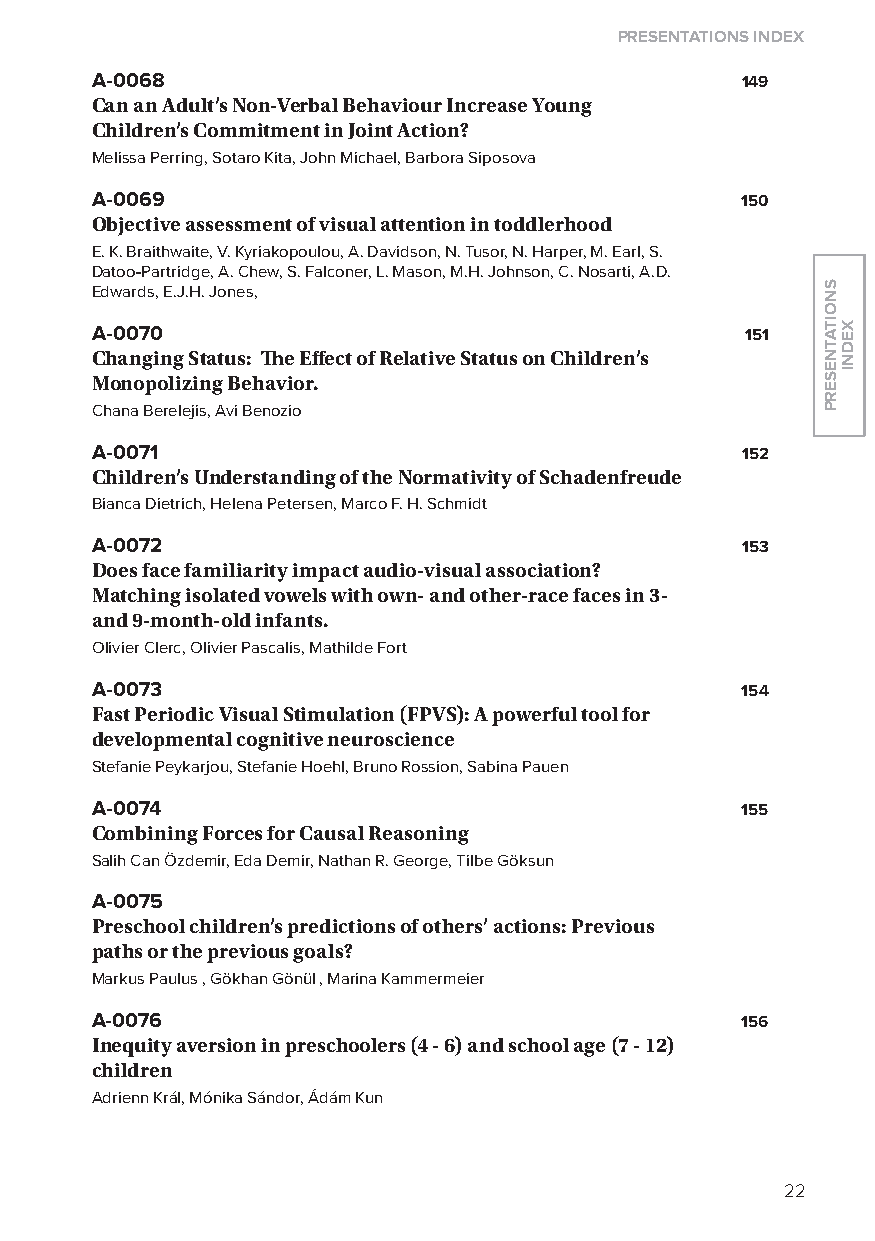
Presentations index
 A-0068                                     149
 Can an adult’s non-verbal Behaviour increase young
 Children’s Commitment in Joint action?
 Melissa Perring, Sotaro Kita, John Michael, Barbora Siposova
 A-0069                                     150
 Objective assessment of visual attention in toddlerhood
 E. K. Braithwaite, V. Kyriakopoulou, A. Davidson, N. Tusor, N. Harper, M. Earl, S.
 Datoo-Partridge, A. Chew, S. Falconer, l. Mason, M.H. Johnson, C. Nosarti, A.D.
 Edwards, E.J.H. Jones,
 A-0070                                     151
 Changing status: The effect of relative status on Children’s
 monopolizing Behavior.
 Chana Berelejis, Avi Benozio
 A-0071                                     152
 Children’s understanding of the normativity of schadenfreude
 Bianca Dietrich, Helena Petersen, Marco F. H. Schmidt
 A-0072                                     153
 Does face familiarity impact audio-visual association?
 matching isolated vowels with own- and other-race faces in 3-
 and 9-month-old infants.
 olivier Clerc, olivier Pascalis, Mathilde Fort
 A-0073                                     154
 fast Periodic visual stimulation (fPvs): a powerful tool for
 developmental cognitive neuroscience
 Stefanie Peykarjou, Stefanie Hoehl, Bruno Rossion, Sabina Pauen
 A-0074                                     155
 Combining forces for Causal reasoning
 Salih Can Özdemir, Eda Demir, Nathan R. George, Tilbe Göksun
 A-0075
 Preschool children’s predictions of others’ actions: Previous
 paths or the previous goals?
 Markus Paulus , Gökhan Gönül , Marina Kammermeier
 A-0076                                     156
 inequity aversion in preschoolers (4 - 6) and school age (7 - 12)
 children
 Adrienn Král, Mónika Sándor, Ádám Kun
 22
 snoitatneserP
 xedni